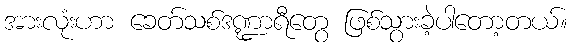
အားလုံးဟာ ခေတ်သစ်ဒဏ္ဍာရီတွေ ဖြစ်သွားခဲ့ပါတော့တယ်။